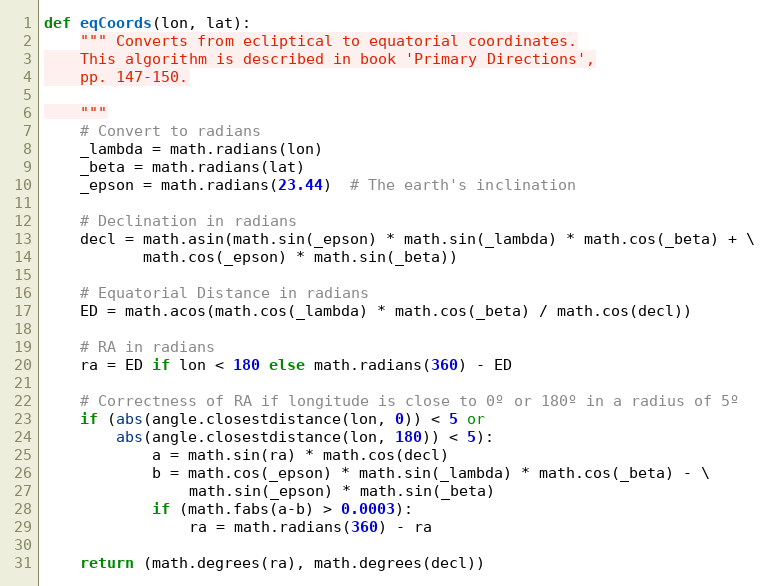
Language: Python
def eqCoords(lon, lat):
    """ Converts from ecliptical to equatorial coordinates.
    This algorithm is described in book 'Primary Directions',
    pp. 147-150.

    """
    # Convert to radians
    _lambda = math.radians(lon)
    _beta = math.radians(lat)
    _epson = math.radians(23.44)  # The earth's inclination

    # Declination in radians
    decl = math.asin(math.sin(_epson) * math.sin(_lambda) * math.cos(_beta) + \
           math.cos(_epson) * math.sin(_beta))

    # Equatorial Distance in radians
    ED = math.acos(math.cos(_lambda) * math.cos(_beta) / math.cos(decl))

    # RA in radians
    ra = ED if lon < 180 else math.radians(360) - ED

    # Correctness of RA if longitude is close to 0º or 180º in a radius of 5º
    if (abs(angle.closestdistance(lon, 0)) < 5 or
        abs(angle.closestdistance(lon, 180)) < 5):
            a = math.sin(ra) * math.cos(decl)
            b = math.cos(_epson) * math.sin(_lambda) * math.cos(_beta) - \
                math.sin(_epson) * math.sin(_beta)
            if (math.fabs(a-b) > 0.0003):
                ra = math.radians(360) - ra

    return (math.degrees(ra), math.degrees(decl))